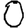
Digit: 0